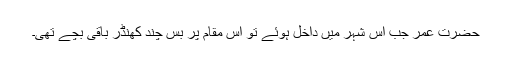
حضرت عمر جب اس شہر میں داخل ہوئے تو اس مقام پر بس چند کھنڈر باقی بچے تھی۔